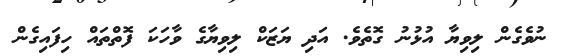
ނުވެގެން ލިވިޔާ އުޅުނު ގޮތެވެ. އަދި ޔަޒަކް ލިވިޔާގެ ވާހަކަ ފޮތްތައް ހިފައިގެން